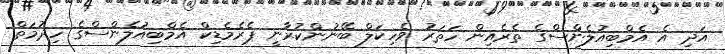
އަދި އެ އެމްބިއުލެންސްގެ ތެރެއިން ހަތަރު ވެހިކަލް ބޭނުންކުރާނީ ޕެރެމެޑިކް އެމްބިއުލެންސްގެ ހިދުމަތް